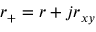
r _ { + } = r + j r _ { x y }